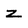
Character: z